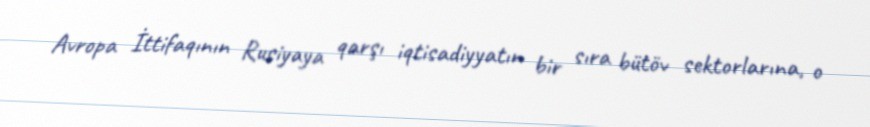
Avropa İttifaqının Rusiyaya qarşı iqtisadiyyatın bir sıra bütöv sektorlarına, o